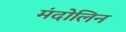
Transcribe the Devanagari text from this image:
मंदोलिन